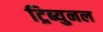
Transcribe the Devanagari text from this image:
ट्रिब्युनल